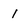
Character: 1